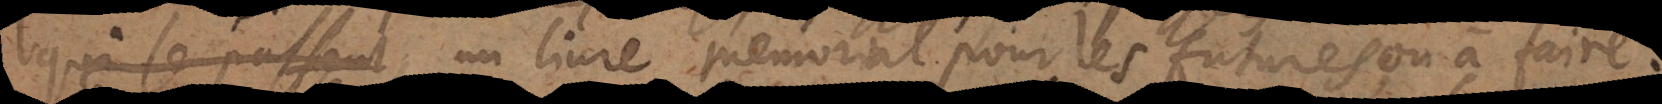
les choses passées, un livre mémorial pour les futures ou à faire: